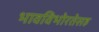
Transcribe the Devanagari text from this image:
भावविभोरतेसह